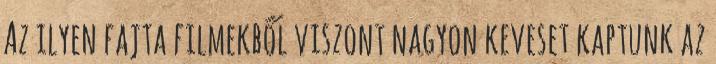
Az ilyen fajta filmekből viszont nagyon keveset kaptunk az